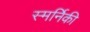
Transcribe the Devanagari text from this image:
स्मर्निकी